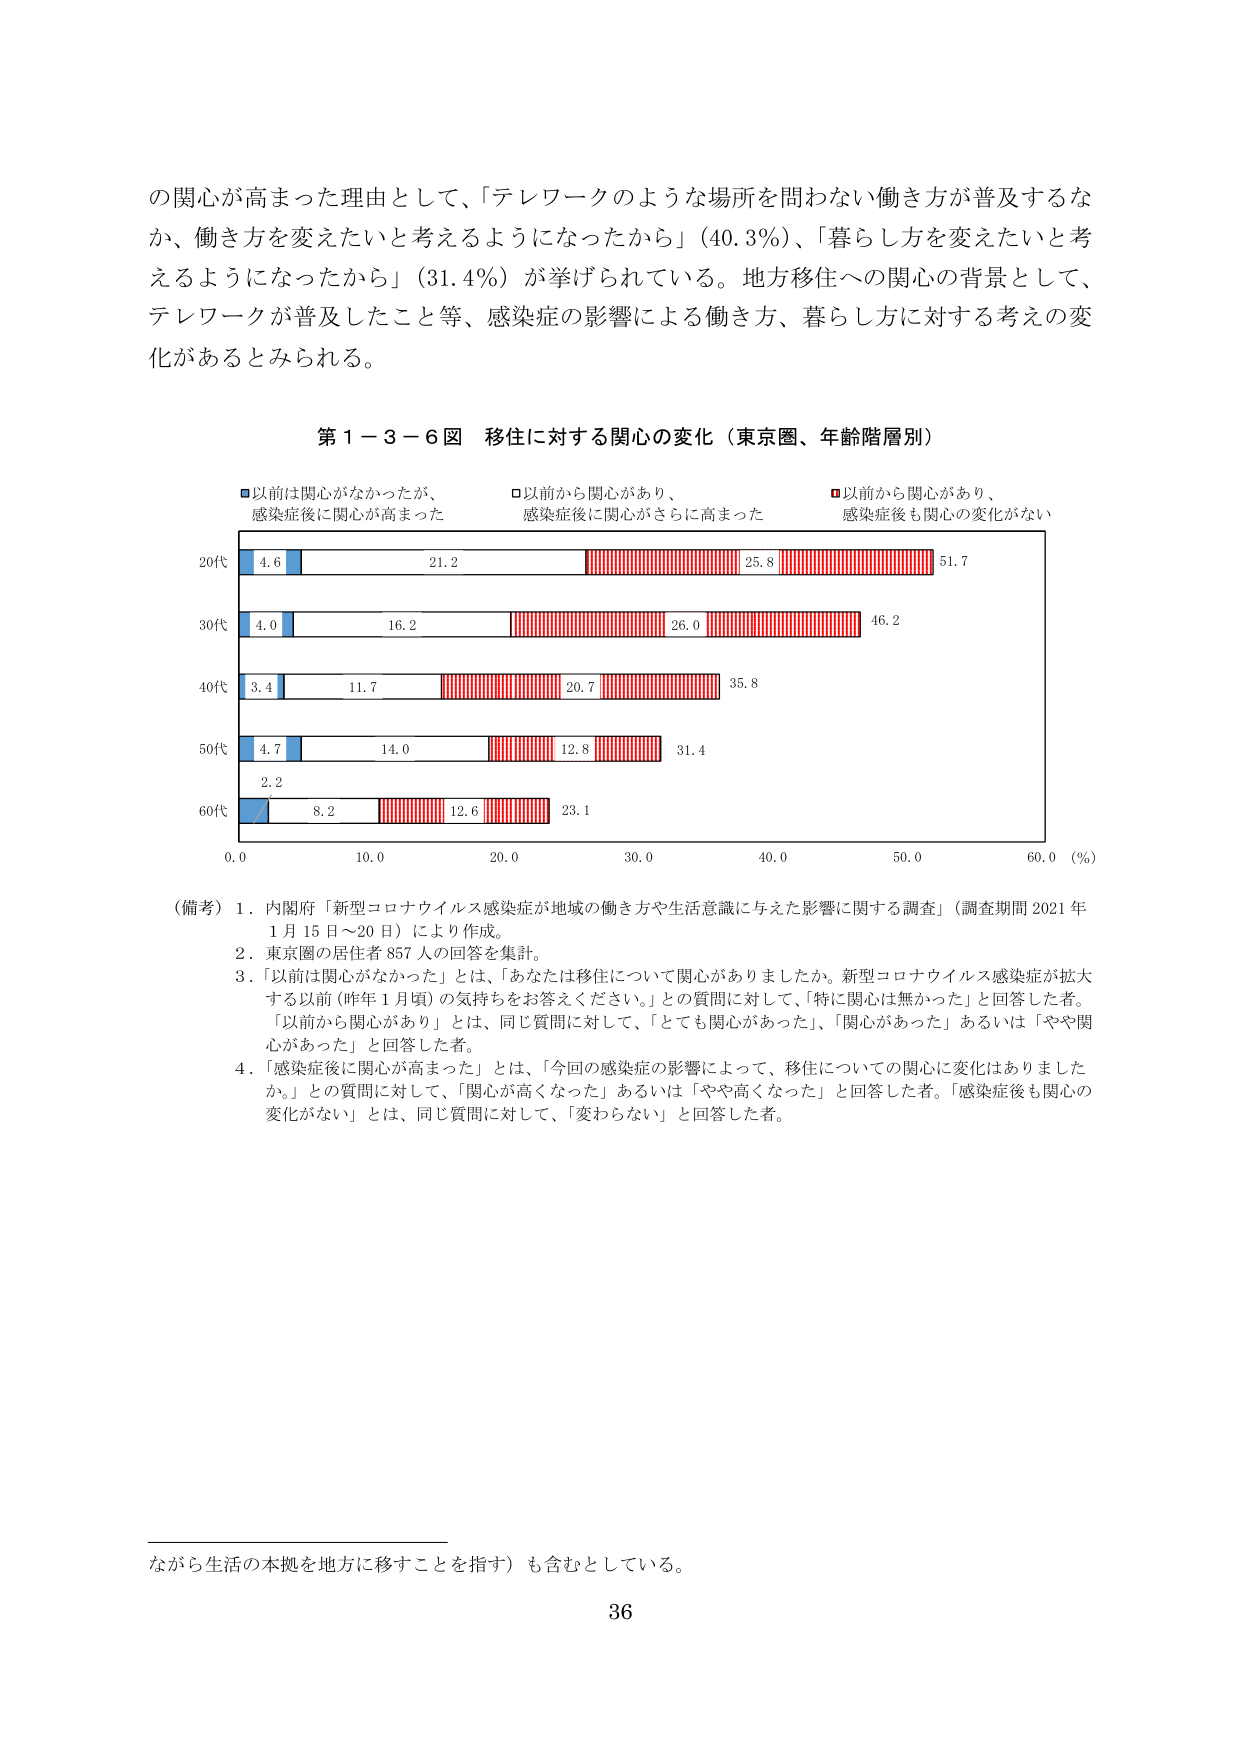
の関心が高まった理由として、「テレワークのような場所を問わない働き方が普及するなか、働き方を変えたいと考えるようになったから」（40.3％）、「暮らし方を変えたいと考えるようになったから」（31.4％）が挙げられている。地方移住への関心の背景として、テレワークが普及したこと等、感染症の影響による働き方、暮らし方に対する考えの変化があるとみられる。

第１－３－６図 移住に対する関心の変化（東京圏、年齢階層別）

■以前は関心がなかったが、
感染症後に関心が高まった

□以前から関心があり、
感染症後に関心がさらに高まった

■以前から関心があり、
感染症後も関心の変化がない

20代 4.6 21.2 25.8 51.7
30代 4.0 16.2 26.0 46.2
40代 3.4 11.7 20.7 35.8
50代 4.7 14.0 12.8 31.4
60代 2.2 8.2 12.6 23.1

0.0 10.0 20.0 30.0 40.0 50.0 60.0（％）

（備考）1．内閣府「新型コロナウイルス感染症が地域の働き方や生活意識に与えた影響に関する調査」（調査期間 2021年1月15日～20日）により作成。
2．東京圏の居住者857人の回答を集計。
3．「以前は関心がなかった」とは、「あなたは移住について関心がありましたか。新型コロナウイルス感染症が拡大する以前（昨年1月頃）の気持ちをお答えください。」との質問に対して、「特に関心は無かった」と回答した者。「以前から関心があり」とは、同じ質問に対して、「とても関心があった」、「関心があった」あるいは「やや関心があった」と回答した者。
4．「感染症後に関心が高まった」とは、「今回の感染症の影響によって、移住についての関心に変化はありましたか。」との質問に対して、「関心が高くなった」あるいは「やや高くなった」と回答した者。「感染症後も関心の変化がない」とは、同じ質問に対して、「変わらない」と回答した者。

ながら生活の本拠を地方に移すことを指す）も含むとしている。

36